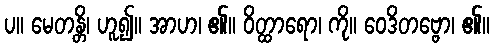
ပ။ မေတန္တိ၊ ဟူ၍။ အာဟ၊ ၏။ ဝိတ္ထာရော၊ ကို။ ဝေဒိတဗ္ဗော၊ ၏။